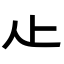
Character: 龰